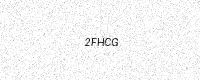
Text: 2FHCG